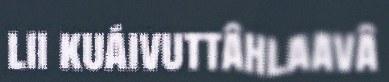
lii kuáivuttâhlaavâ